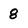
Character: 8